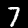
Digit: 7